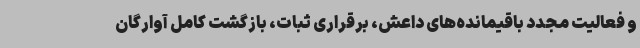
و فعالیت مجدد باقیمانده‌های داعش، برقراری ثبات، بازگشت کامل آوارگان